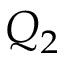
Q _ { 2 }